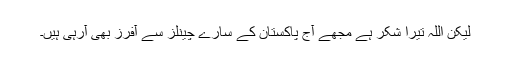
لیکن اللہ تیرا شکر ہے مجھے آج پاکستان کے سارے چینلز سے آفرز بھی آرہی ہیں۔